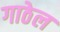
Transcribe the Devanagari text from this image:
गाठेल